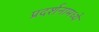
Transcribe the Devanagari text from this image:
प्रदर्शनामध्ये